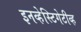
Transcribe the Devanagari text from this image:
इनव्हेस्टिगेटीव्ह